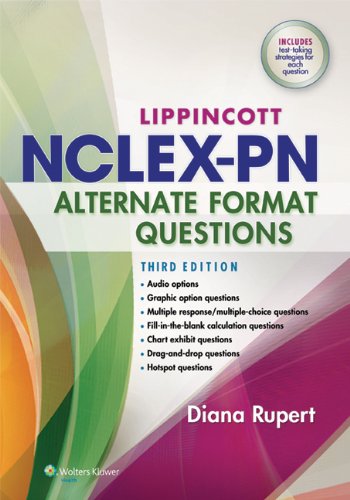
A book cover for Lippincott's NCLEX-PN Alternate Format Questions; Diana L. Rupert RN  MSN  PhD; Medical Books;